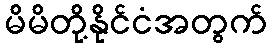
မိမိတို့နိုင်ငံအတွက်